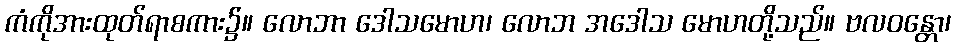
ကံကိုအားထုတ်ရာစကား၌။ လောဘာ ဒေါသမောဟ၊ လောဘ အဒေါသ မောဟတို့သည်။ ဗလဝန္တော၊